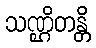
သဏ္ဌိတန္တိ